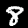
Label: 8